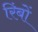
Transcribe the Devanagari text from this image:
रिंबों